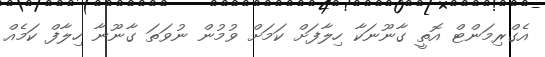
އެގްރިމަންޓް އޮތީ ގާނޫނަކާ ހިލާފަށް ކަމަށް ވުމުން ނުވަތަ ގާނޫނާ ހިލާފް ކަމެއް